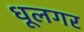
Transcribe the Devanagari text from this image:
धूलगर